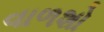
વાળશો